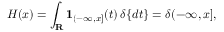
H ( x ) = \int _ { \mathbf { R } } \mathbf { 1 } _ { ( - \infty , x ] } ( t ) \, \delta \{ d t \} = \delta ( - \infty , x ] ,